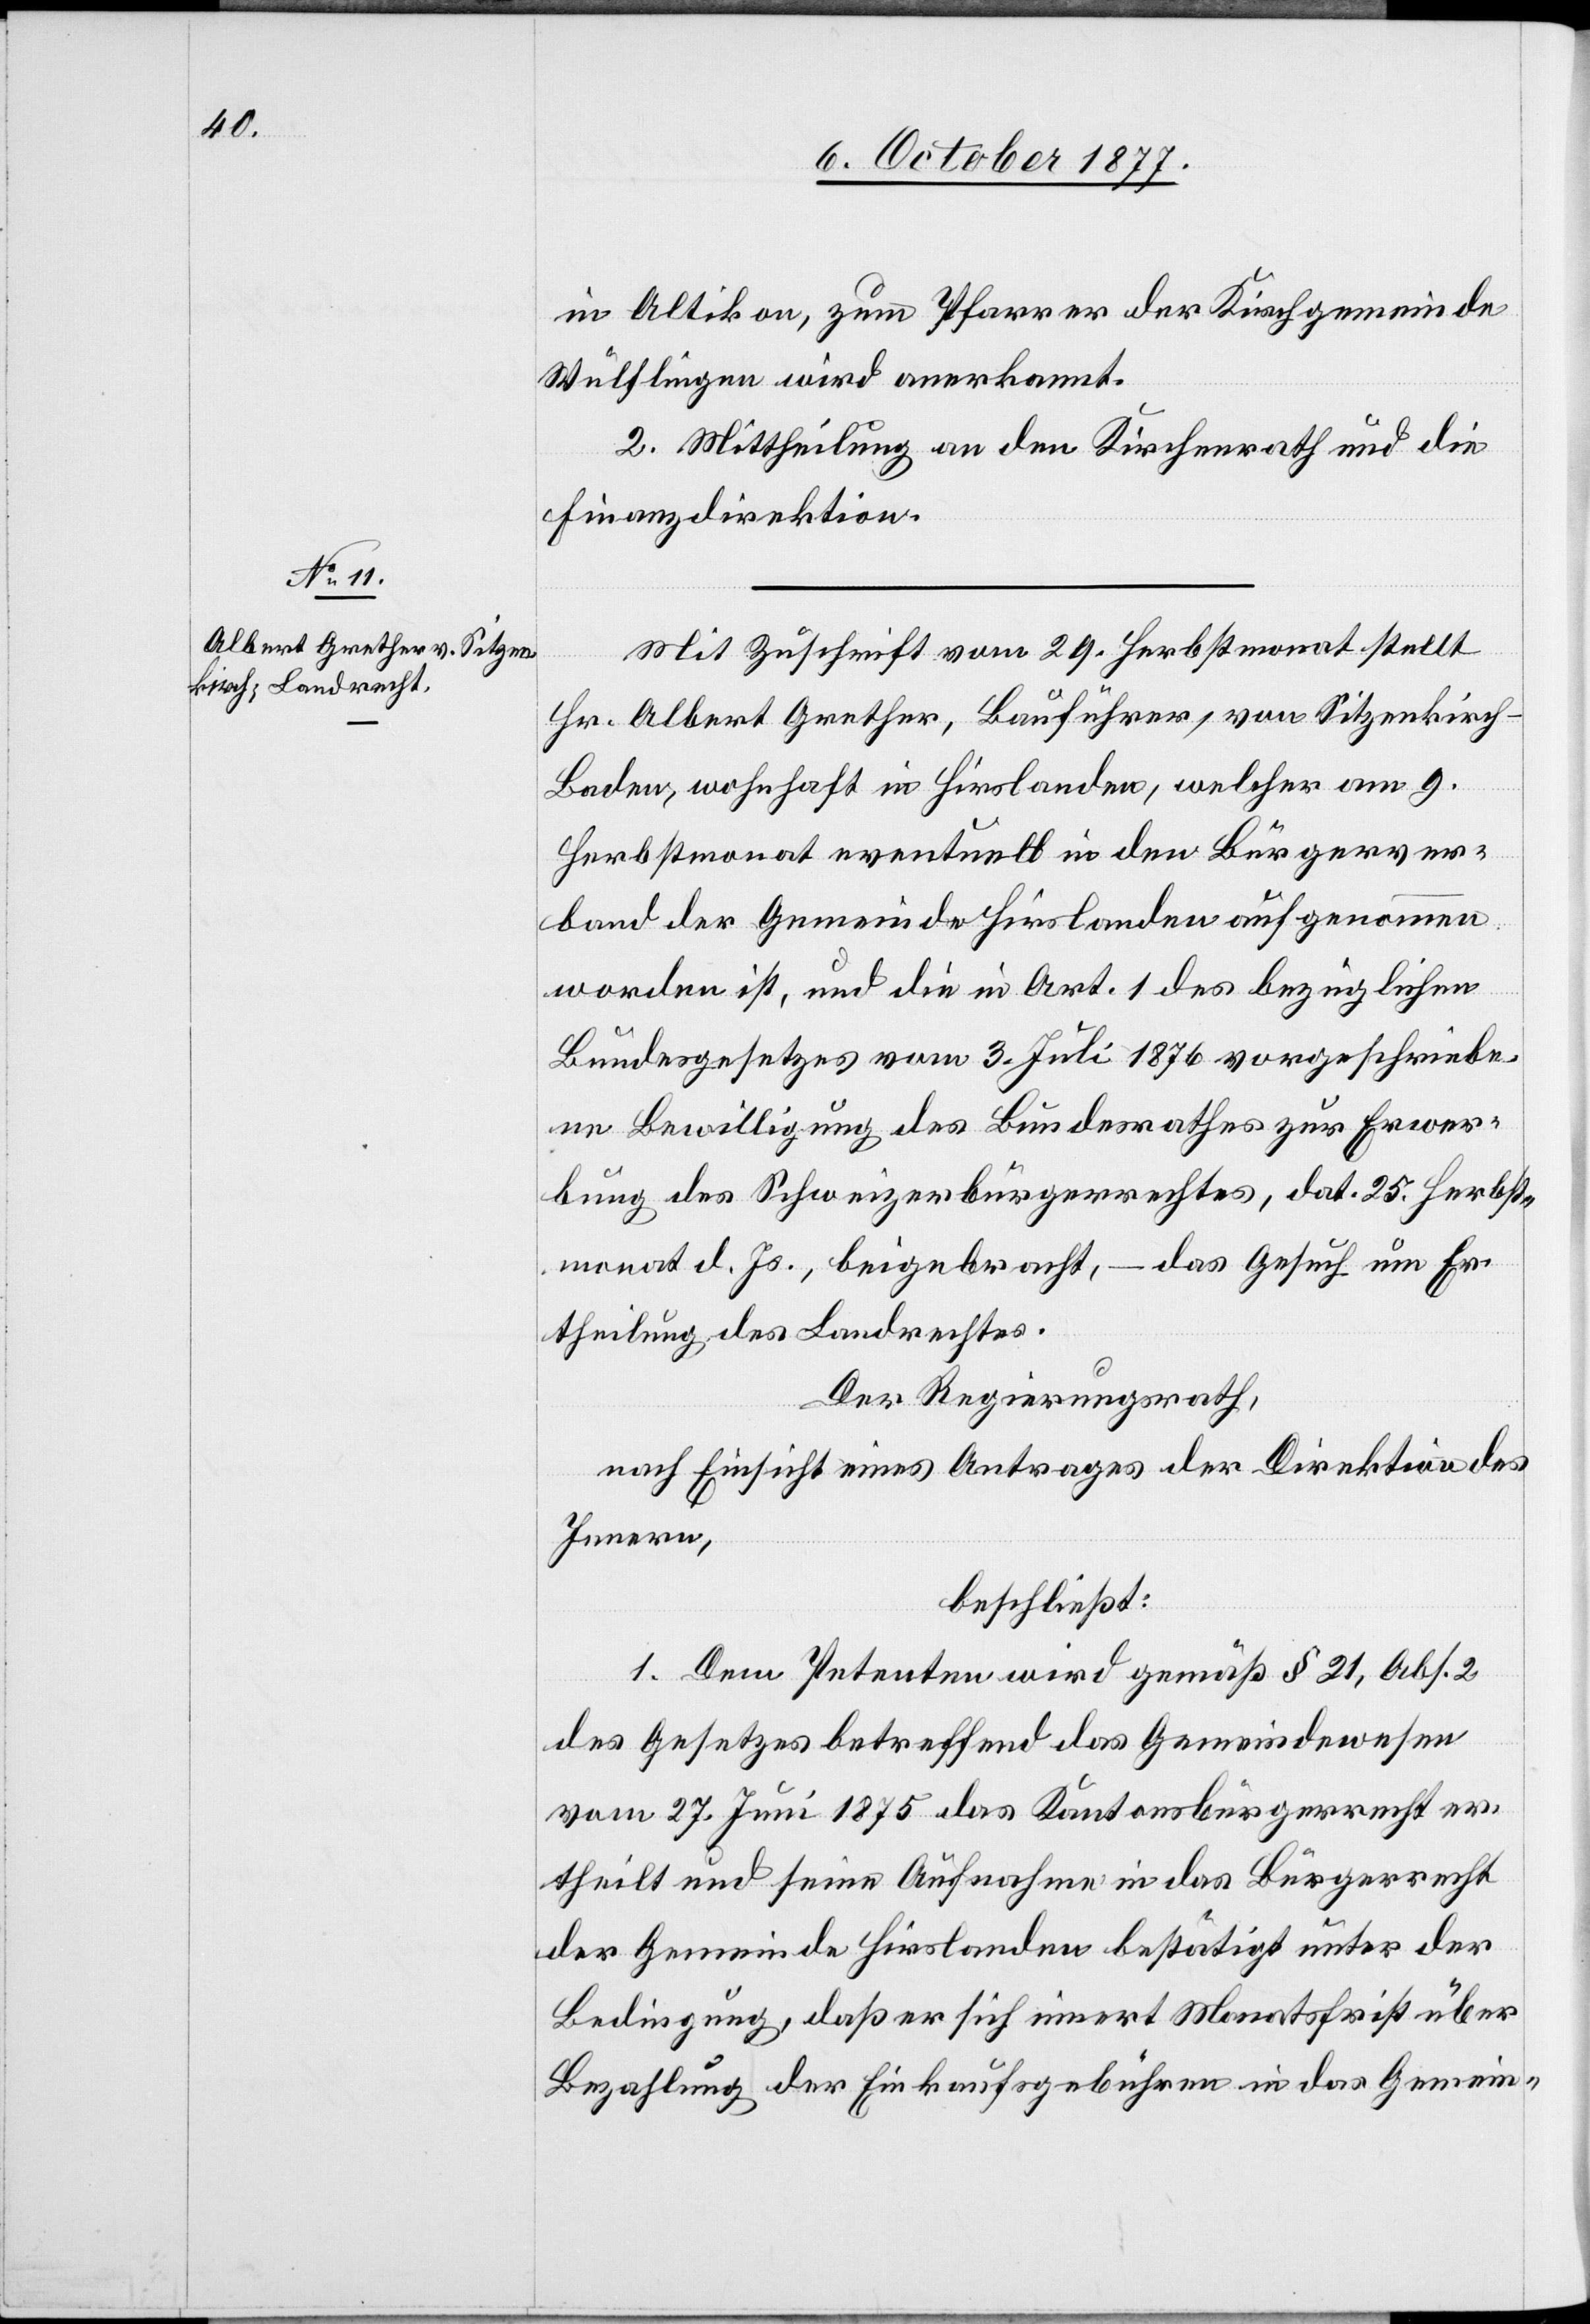
in Altikon, zum Pfarrer der Kirchgemeinde
Wülflingen wird anerkannt.
2. Mittheilung an den Kirchenrath und die
Finanzdirektion.
Mit Zuschrift vom 29. Herbstmonat stellt
Hr. Albert Grether, Bauführer, von Sitzenkirch
Baden, wohnhaft in Hirslanden, welcher am 9.
Herbstmonat eventuell in den Bürgerver¬
band der Gemeinde Hirslanden aufgenommen
worden ist, und die in Art. 1 des bezüglichen
Bundesgesetzes vom 3. Juli 1876 vorgeschriebe¬
ne Bewilligung des Bundesrathes zur Erwer¬
bung des Schweizerbürgerrechtes, dat. 25. Herbst¬
monat d. Js., beigebracht, – das Gesuch um Er¬
theilung des Landrechtes.
Der Regierungsrath,
nach Einsicht eines Antrages der Direktion des
Innern,
beschließt:
1. Dem Petenten wird gemäß § 21, Abs. 2
des Gesetzes betreffend das Gemeindewesen
vom 27. Juni 1875 das Kantonsbürgerrecht er¬
theilt und seine Aufnahme in das Bürgerrecht
der Gemeinde Hirslanden bestätigt unter der
Bedingung, daß er sich innert Monatsfrist über
Bezahlung der Einkaufsgebühren in das Gemein-